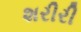
શરીરી